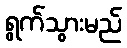
ရွက်သွားမည်